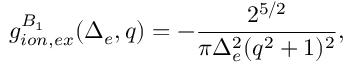
g _ { i o n , e x } ^ { B _ { 1 } } ( \Delta _ { e } , q ) = - \frac { 2 ^ { 5 / 2 } } { \pi \Delta _ { e } ^ { 2 } ( q ^ { 2 } + 1 ) ^ { 2 } } ,